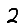
Digit: 2